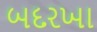
બદરખા